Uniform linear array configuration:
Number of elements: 4
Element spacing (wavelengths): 0.25
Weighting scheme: hamming
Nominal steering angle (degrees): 0
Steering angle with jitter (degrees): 0.3093
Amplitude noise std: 0.05
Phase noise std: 0.05

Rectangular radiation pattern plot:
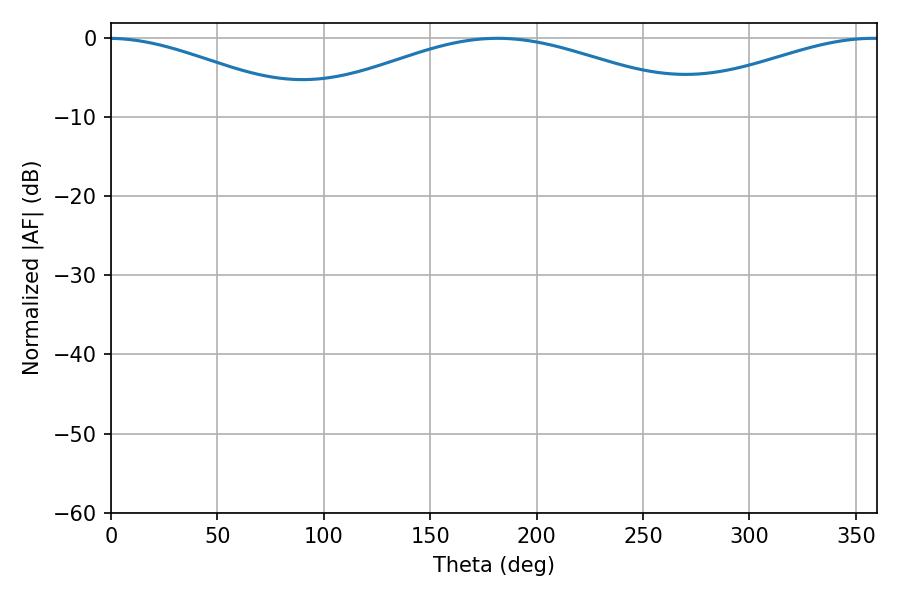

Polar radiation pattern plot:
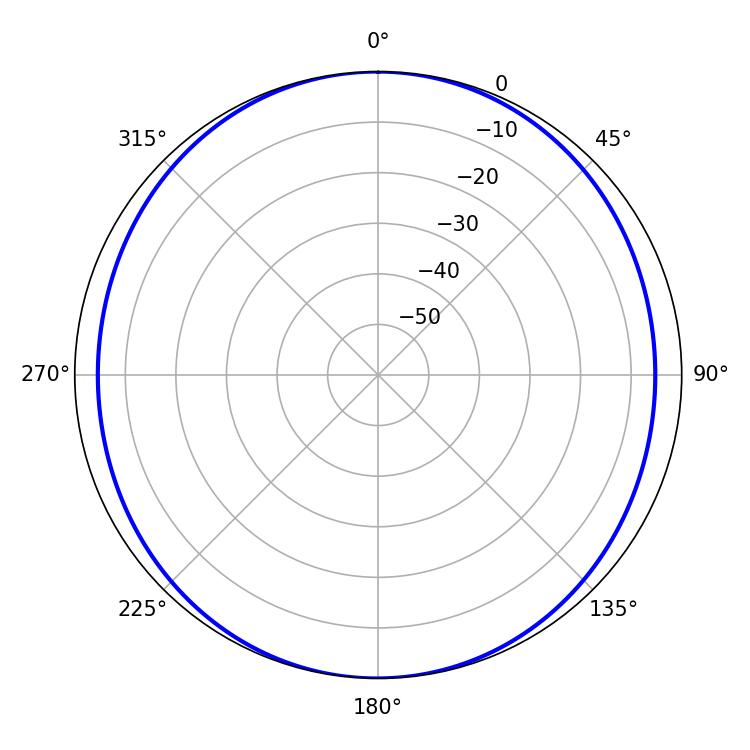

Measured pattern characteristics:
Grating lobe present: FALSE
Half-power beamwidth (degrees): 104.22
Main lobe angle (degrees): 181.62